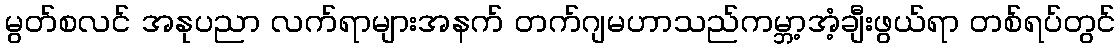
မွတ်စလင် အနုပညာ လက်ရာများအနက် တက်ဂျမဟာသည်ကမ္ဘာ့အံ့ချီးဖွယ်ရာ တစ်ရပ်တွင်